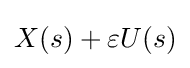
X(s)+\varepsilon U(s)